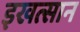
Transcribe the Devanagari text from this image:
इखत्सान